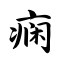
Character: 痫